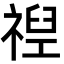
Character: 𮂈